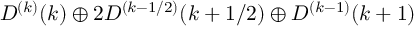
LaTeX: D ^ { ( k ) } ( k ) \oplus 2 D ^ { ( k - 1 / 2 ) } ( k + 1 / 2 ) \oplus D ^ { ( k - 1 ) } ( k + 1 )